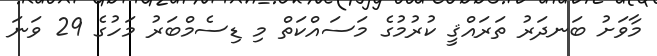
މާވަށު ބަނދަރު ތަރައްޤީ ކުރުމުގެ މަސައްކަތް މި ޑިސެމްބަރު މަހުގެ 29 ވަނަ